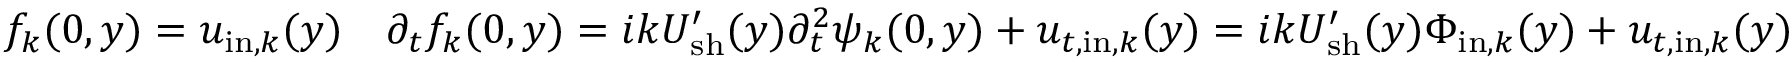
f _ { k } ( 0 , y ) = u _ { \mathrm { i n } , k } ( y ) \quad \partial _ { t } f _ { k } ( 0 , y ) = i k U _ { \mathrm { s h } } ^ { \prime } ( y ) \partial _ { t } ^ { 2 } \psi _ { k } ( 0 , y ) + u _ { t , \mathrm { i n } , k } ( y ) = i k U _ { \mathrm { s h } } ^ { \prime } ( y ) \Phi _ { \mathrm { i n } , k } ( y ) + u _ { t , \mathrm { i n } , k } ( y )